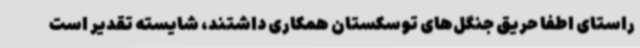
راستای اطفا حریق جنگل‌های توسکستان همکاری داشتند، شایسته تقدیر است